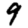
Digit: 9